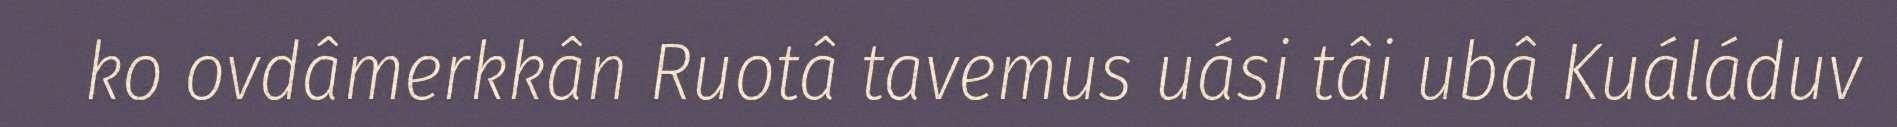
ko ovdâmerkkân Ruotâ tavemus uási tâi ubâ Kuáláduv